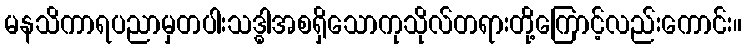
မနသိကာရပညာမှတပါးသဒ္ဓါအစရှိသောကုသိုလ်တရားတို့ကြောင့်လည်းကောင်း။